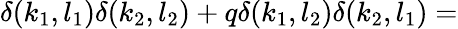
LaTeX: \delta(k_{1},l_{1})\delta(k_{2},l_{2})+q\delta(k_{1},l_{2})\delta(k_{2},l_{1})=